system: You are a helpful assistant.
user:
Analyze the provided spectrum to determine if it is a **M-type Giant (gM)**.

A M-type Giant spectrum is defined by its **strong molecular absorption** features, particularly from **Titanium Oxide (TiO)**. You must check for one of the following mutually exclusive signatures:

- **Key Visual Indicators (Absorption-Dominated Spectrum):**

    - **(Primary):** The spectrum is dominated by strong molecular absorption from **Titanium Oxide (TiO)**. This is the **defining feature** of its M-type temperature class.
        - **(Key Bandheads):** Look for sharp, "saw-tooth" absorption valleys. The strongest are located near **~7050 Å**, **~6160 Å**, and **~5170 Å**.
        - **(Line Profile):** The "saw-tooth" morphology is critical: a **sharp, steep drop on the BLUE (short-wavelength) side** of the bandhead, followed by a gradual recovery (rising flux) towards the RED (long-wavelength) side.

    - **(Key Confirmation - Giant vs. Dwarf):** **ABSENCE** of strong **Calcium Hydride (CaH)** molecular bands. This is the primary diagnostic for *excluding* M-dwarfs.
        - **(Key Region):** The spectrum should lack the strong, broad absorption band seen in dwarfs between **~6800 Å and ~7000 Å**.

    - **(Secondary Confirmation - Giant):** A very strong and broad **Neutral Calcium (Ca I)** atomic absorption line.
        - **(Key Line):** Located at **~4226 Å**. In a giant (gM), this line is significantly deeper and broader than the same line in an M-dwarf (dM) due to low surface gravity.

    - **(Overall Spectrum):**
        - The continuum is **extremely red-sloping** (i.e., flux is very low in the blue and rises dramatically towards the red).
        - The entire spectrum appears "chopped up" by the deep TiO bands.

Think first, call **spectral_visualization_tool** if needed to examine features in detail, then provide your final answer. Your response must adhere to the following strict rules:
1.  **Overall Structure:** Your response must follow the format `<think>...</think> <tool_call>...</tool_call> (if a tool is used) <answer>...</answer>`.
2.  **Tool Usage Constraint:** You may only make **one** tool call per turn.
3.  **Final Answer Format:** In the `<answer>` tag, your conclusion must be inside a `\boxed{}` command (e.g., `\boxed{YES}` or `\boxed{NO}`), followed by your justification.

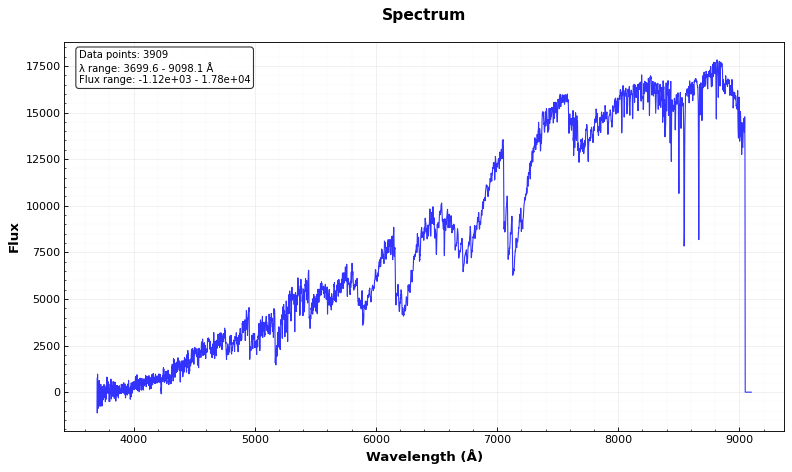
Answer: YES